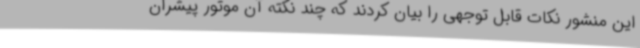
این منشور نکات قابل توجهی را بیان کردند که چند نکته آن موتور پیشران